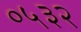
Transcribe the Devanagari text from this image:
०५३२